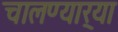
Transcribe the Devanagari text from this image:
चालण्यार्‍या